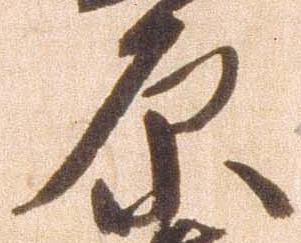
原